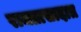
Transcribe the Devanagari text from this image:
राजप्रासादात